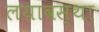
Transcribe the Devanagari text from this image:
लयावस्था